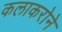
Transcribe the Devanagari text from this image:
कलाकरोने